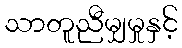
သာတူညီမျှမှုနှင့်